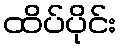
ထိပ်ပိုင်း